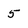
Character: 5